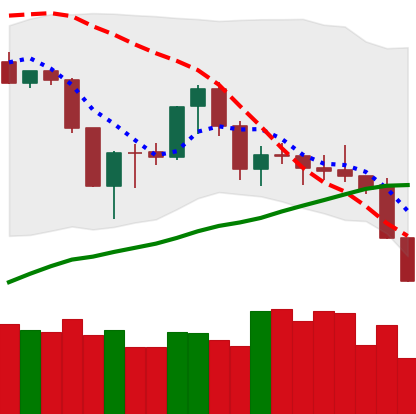
Ticker: XMR-USD
Chart end date: 2019-08-29
Forward return: 11.567%
Label: up_7plus